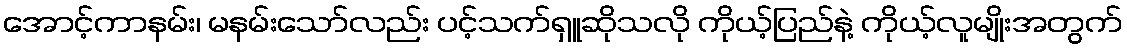
အောင့်ကာနမ်း၊ မနမ်းသော်လည်း ပင့်သက်ရှူဆိုသလို ကိုယ့်ပြည်နဲ့ ကိုယ့်လူမျိုးအတွက်